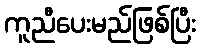
ကူညီပေးမည်ဖြစ်ပြီး